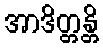
အာဒိတ္တန္တိ